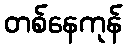
တစ်နေကုန်